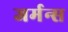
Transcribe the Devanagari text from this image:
जर्मन्स